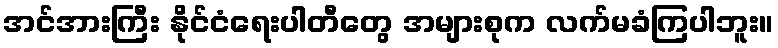
အင်အားကြီး နိုင်ငံရေးပါတီတွေ အများစုက လက်မခံကြပါဘူး။